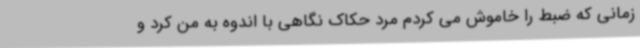
زمانی که ضبط را خاموش می کردم مرد حکاک نگاهی با اندوه به من کرد و